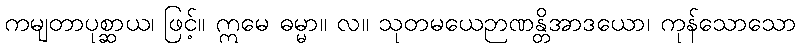
ကမျတာပုစ္ဆာယ၊ ဖြင့်။ ဣမေ ဓမ္မာ။ လ။ သုတမယေဉာဏန္တိအာဒယော၊ ကုန်သောသော